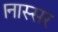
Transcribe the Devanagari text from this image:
।नास्सर